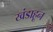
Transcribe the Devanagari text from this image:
खंडाहून